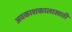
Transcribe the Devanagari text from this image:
अवकाशकालासाठी